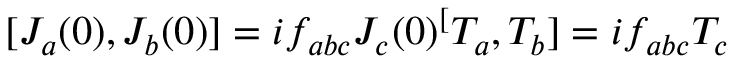
[ J _ { a } ( 0 ) , J _ { b } ( 0 ) ] = i f _ { a b c } J _ { c } ( 0 ) \sp [ T _ { a } , T _ { b } ] = i f _ { a b c } T _ { c }